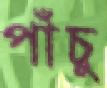
পাঁচু